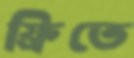
ফ্রিতে